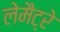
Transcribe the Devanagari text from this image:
लेमैट्रे